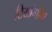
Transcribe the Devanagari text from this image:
टियांगोंग